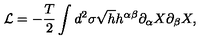
{ \cal L } = - \frac { T } { 2 } \int d ^ { 2 } \sigma \sqrt { h } h ^ { \alpha \beta } \partial _ { \alpha } X \partial _ { \beta } X ,